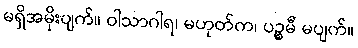
မရှိအမိုးပျက်။ ဝါသာဂါရ၊ မဟုတ်က၊ ပဉ္စမီ မပျက်။